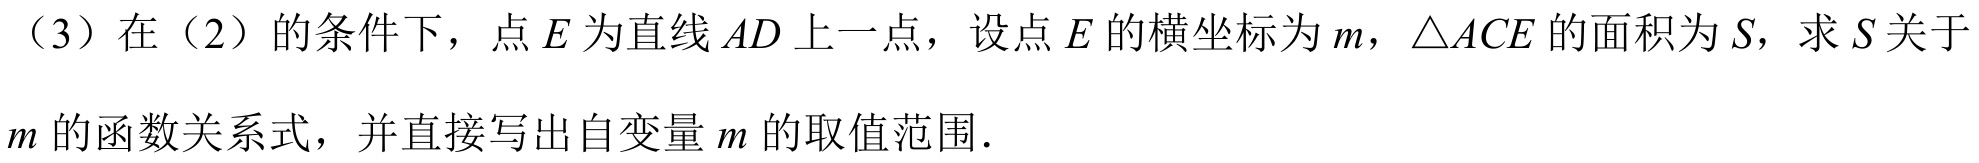
（3）在（2）的条件下，点\(E\)为直线\(AD\)上一点，设点\(E\)的横坐标为\(m\)，\(\triangle ACE\)的面积为\(S\)，求\(S\)关于\(m\)的函数关系式，并直接写出自变量\(m\)的取值范围.